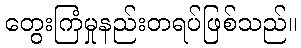
တွေးကြံမှုနည်းတရပ်ဖြစ်သည်။